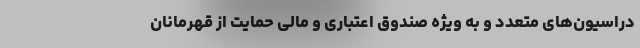
دراسیون‌های متعدد و به ویژه صندوق اعتباری و مالی حمایت از قهرمانان